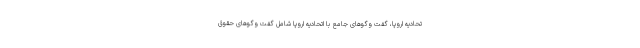
تحادیه اروپا، گفت وگوهای جامع با اتحادیه اروپا شامل گفت وگوهای حقوق